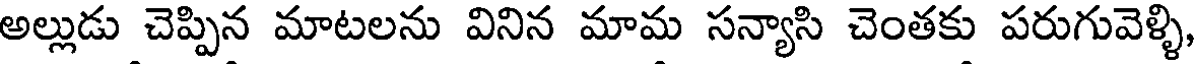
అల్లుడు చెప్పిన మాటలను వినిన మామ సన్యాసి చెంతకు పరుగువెళ్ళి,